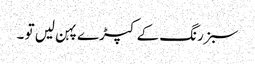
سبز رنگ کے کپڑے پہن لیں تو ۔